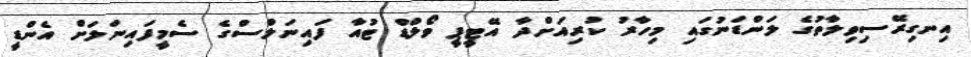
އިނގިރޭސިވިލާތުގެ ލަންޑަނުގައި މިހާރު ކުރިއަށްދާ އޭޓީޕީ ވޯލްޑް ޓުއާ ފައިނަލްސްގެ ސެމީފައިނަލަށް އެންޑީ